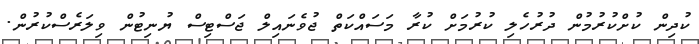
ކުދިން ކުށްކުރުމުން ދުރުހެލި ކުރުމަށް ކުރާ މަސައްކަތް ޖުވެނައިލް ޖަސްޓިސް ޔުނިޓުން ވިލަރެސްކުރުން.